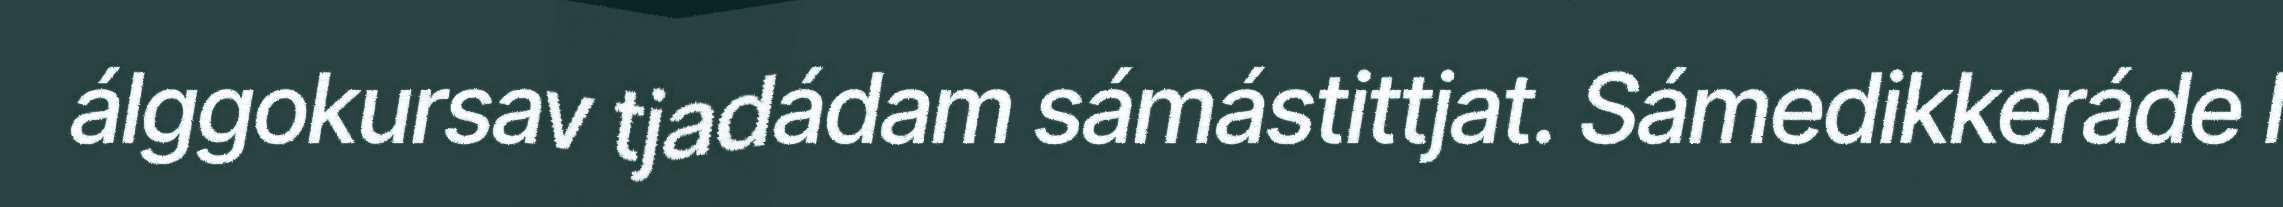
álggokursav tjadádam sámástittjat. Sámedikkeráde l